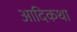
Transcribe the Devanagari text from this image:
आदिकथा